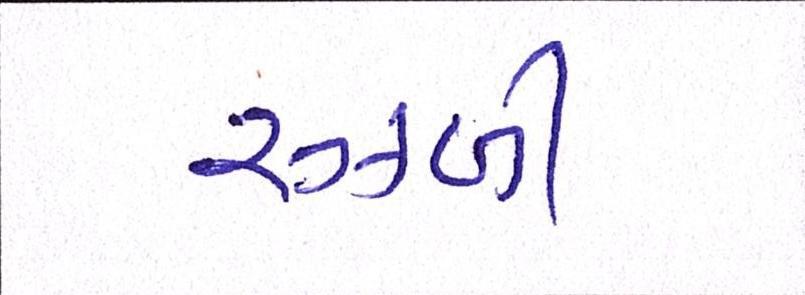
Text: રઝ્ળી